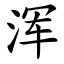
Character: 浑